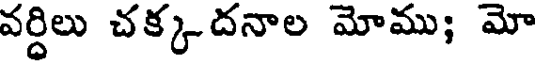
వర్ధిలు చక్కదనాల మోము; మో